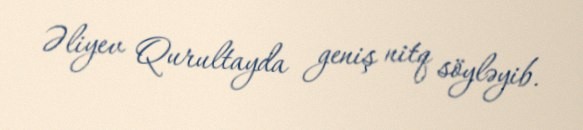
Əliyev Qurultayda geniş nitq söyləyib.